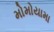
મોમોયામા